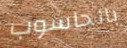
بالحاسوب